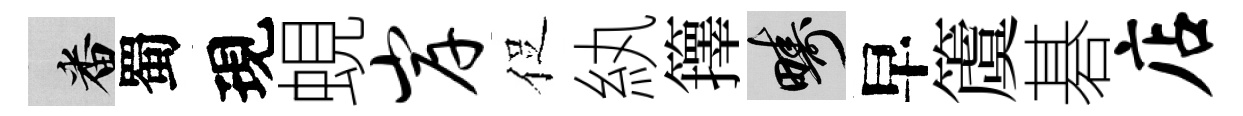
番蜀現蜆岸促紈籜疇早𥵂碁店